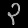
Digit: ၃